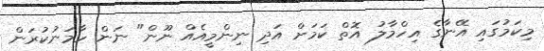
މިކަމުގައި އޭނާގެ އިހްމާލު އޮތް ކަމަށް އަދި ނިންމީއެއް ނޫން" ނަން ހާމަނުކުރަން